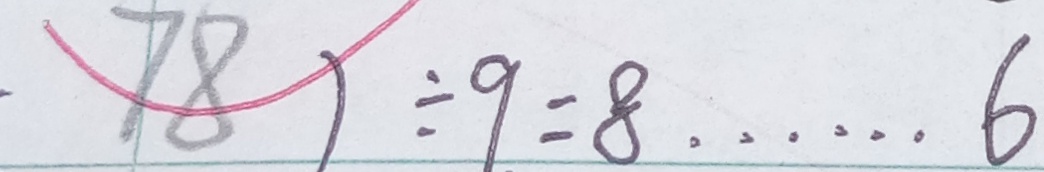
7 8 ) \div 9 = 8 \cdots 6